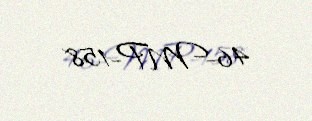
46-MP-158